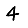
Digit: 4